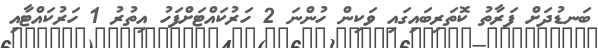
ބަނޑުދަށް ފަރާތު ކޮތަރިބައިގައި ވަކިން ހުންނަ 2 ހަރުކައްޓަށްފަހު އިތުރު 1 ހަރުކައްޓާއި